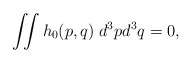
\begin{align*} \iint h_0(p,q) \;d^3pd^3q = 0, \end{align*}